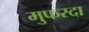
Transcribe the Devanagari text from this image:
मुफरदा